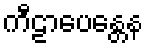
ကီဠာပေန္တေန